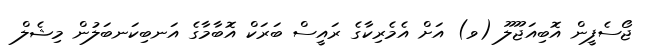
ޖޯސެފީން އޮބިއަޖޫލޫ (ވ) އަށް އެމެރިކާގެ ރައީސް ބަރަކް އޮބާމާގެ އަނބިކަނބަލުން މިޝެލް